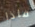
فاذا